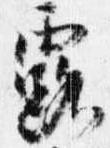
露